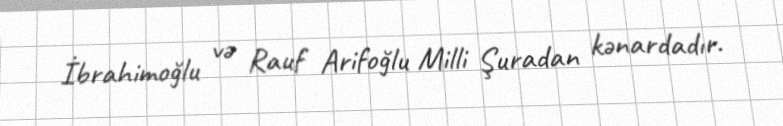
İbrahimoğlu və Rauf Arifoğlu Milli Şuradan kənardadır.